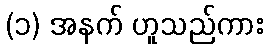
(၁) အနက် ဟူသည်ကား